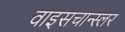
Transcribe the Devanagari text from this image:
वाइसचान्स्लर